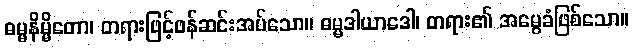
ဓမ္မနိမ္မိတော၊ တရားဖြင့်ဖန်ဆင်းအပ်သော။ ဓမ္မဒါယာဒေါ၊ တရား၏ အမွေခံဖြစ်သော။